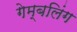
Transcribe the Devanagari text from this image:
गेम्बलिंग